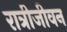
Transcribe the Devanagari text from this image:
रात्रीजीवन